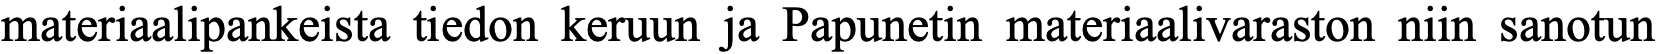
materiaalipankeista tiedon keruun ja Papunetin materiaalivaraston niin sanotun